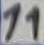
Text: 11